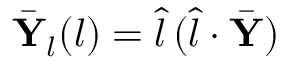
\bar { \mathbf { Y } } _ { l } ( l ) = \hat { l } \, ( \hat { l } \cdot \bar { \mathbf { Y } } )